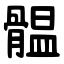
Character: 䯠